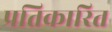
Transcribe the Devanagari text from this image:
प्रतिकारित